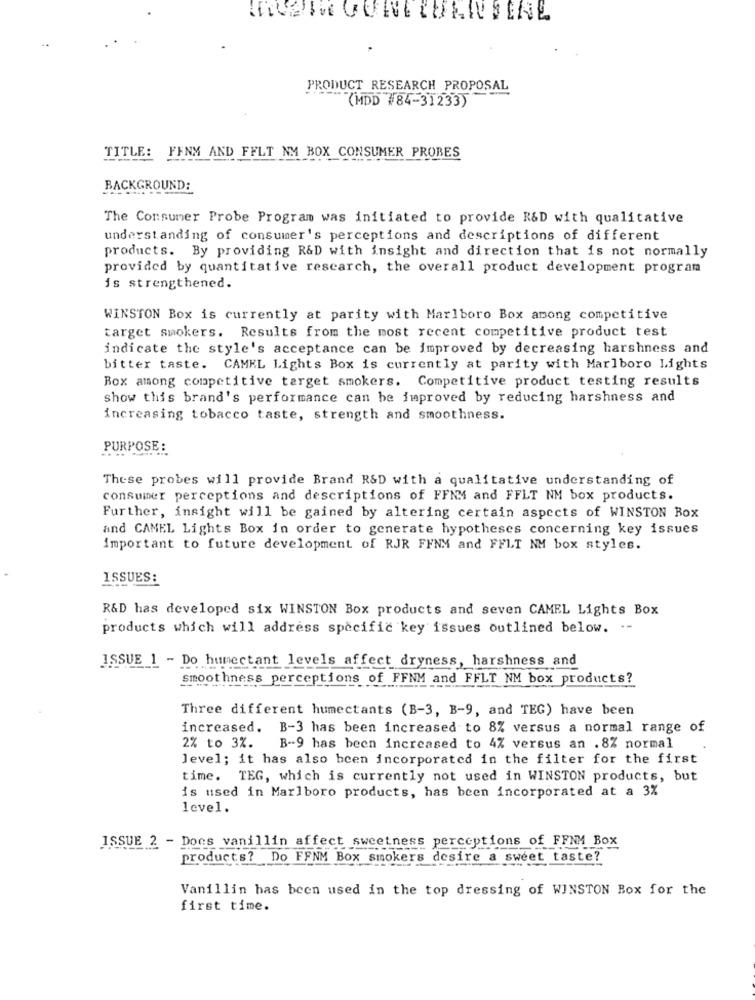
FOUETTE CURVE TURNUSCAL
PRODUCT RESEARCH PROPOSAL
(MDD #84-31233)
TITLE: FFNM AND FELT NM BOX CONSUMER PROBES
BACKGROUND:
The Consumer Probe Program was initiated to provide R&D with qualitative
understanding of consumer's perceptions and descriptions of different
products. By providing R&D with insight and direction that is not normally
provided by quantitative research, the overall product development program
is strengthened.
WINSTON Box is currently at parity with Marlboro Box among competitive
target smokers. Results from the most recent competitive product test
indicate the style's acceptance can be improved by decreasing harshness and
bitter taste. CAMEL Lights Box is currently at parity with Marlboro Lights
Box among competitive target smokers. Competitive product testing results
show this brand's performance can be improved by reducing harshness and
increasing tobacco taste, strength and smoothness.
PURPOSE:
These probes will provide Brand R&D with a qualitative understanding of
consumer perceptions and descriptions of FFNM and FFLT NM box products.
Further, insight will be gained by altering certain aspects of WINSTON Box
and CAMEL Lights Box in order to generate hypotheses concerning key issues
important to future development of RJR FFNM and FFLT NM box styles.
ISSUES:
R&D has developed six WINSTON Box products and seven CAMEL Lights Box
products which will address specific key issues outlined below. .-
ISSUE 1 - Do humectant levels affect dryness, harshness and
smoothness perceptions of FFNM and FFLT NM box products?
Three different humectants (B-3, B-9, and TEG) have been
increased.
B-3 has been increased to 8% versus a normal range of
2% to 3%.
B-9 has been increased to 4% versus an .8% normal
level; it has also been incorporated in the filter for the first
time. TEG, which is currently not used in WINSTON products, but
is used in Marlboro products, has been incorporated at a 3%
level.
ISSUE 2 - Docs vanillin affect sweetness perceptions of FFNM Box
products? Do FFNM Box smokers desire a sweet taste?
Vanillin has been used in the top dressing of WINSTON Box for the
first time.